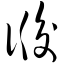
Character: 诟